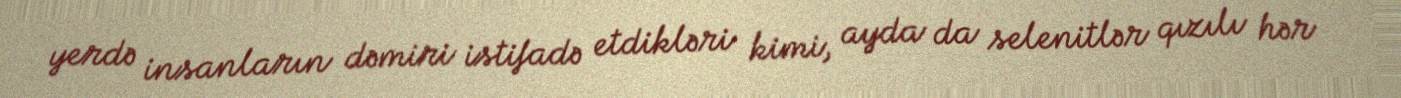
yerdə insanların dəmiri istifadə etdikləri kimi, ayda da selenitlər qızılı hər